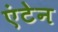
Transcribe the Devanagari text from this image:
एंटेन